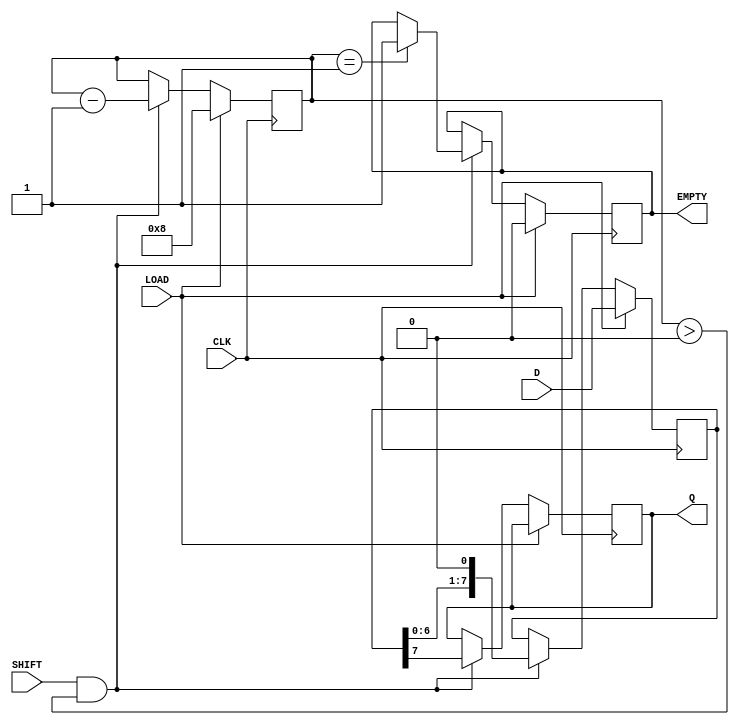
module PISO_Register #(
    parameter WIDTH = 8 // Width of the parallel data input
)(
    input wire [WIDTH-1:0] D,    // Parallel data inputs
    input wire CLK,               // Clock signal
    input wire LOAD,              // Load enable signal
    input wire SHIFT,             // Shift enable signal
    output reg Q,                 // Serial output
    output reg EMPTY              // Empty status signal
);

    reg [WIDTH-1:0] shift_reg;    // Shift register to hold the data
    reg [3:0] count;              // Counter to track the number of bits shifted out

    // Initial state
    initial begin
        shift_reg = 0;
        Q = 0;
        EMPTY = 1; // Initially, the register is empty
        count = 0;
    end

    always @(posedge CLK) begin
        if (LOAD) begin
            // Load data into the shift register
            shift_reg <= D;
            count <= WIDTH; // Set the count to the width of the data
            EMPTY <= 0; // Register is no longer empty
        end else if (SHIFT && count > 0) begin
            // Shift data out serially
            Q <= shift_reg[WIDTH-1]; // Output the MSB
            shift_reg <= {shift_reg[WIDTH-2:0], 1'b0}; // Shift left
            count <= count - 1; // Decrement the count
            if (count == 1) begin
                EMPTY <= 1; // Set empty if no bits left
            end
        end
    end

endmodule